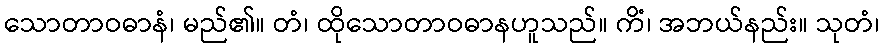
သောတာဝဓာနံ၊ မည်၏။ တံ၊ ထိုသောတာဝဓာနဟူသည်။ ကိံ၊ အဘယ်နည်း။ သုတံ၊